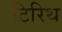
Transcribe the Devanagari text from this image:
टिरिथ